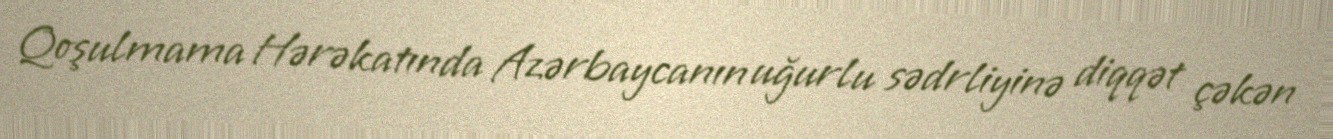
Qoşulmama Hərəkatında Azərbaycanın uğurlu sədrliyinə diqqət çəkən